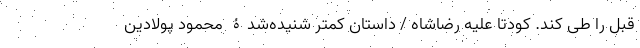
قبل را طى کند. کودتا علیه رضاشاه / داستان کمتر شنیده‌شدۀ محمود پولادین